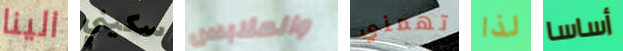
الينا سكيني والملابس تهمني لذا أساسا